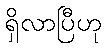
ရှိလာပြီဟု